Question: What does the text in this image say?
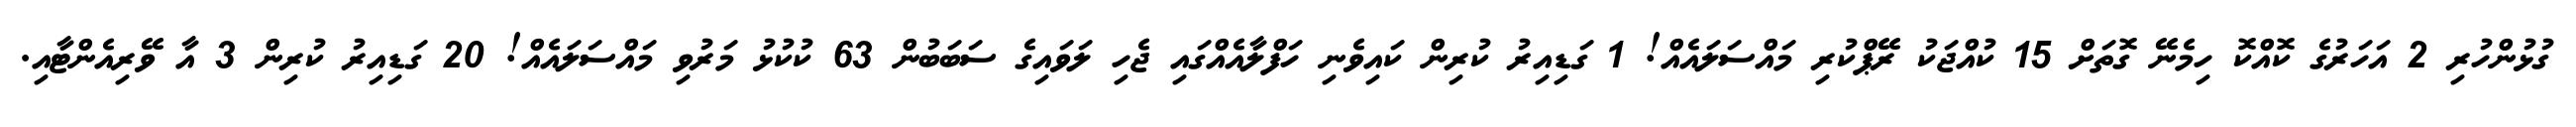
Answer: ގުޅުންހުރި 2 އަހަރުގެ ކޮއްކޮ ހިމެނޭ ގޮތަށް 15 ކުއްޖަކު ރޭޕްކުރި މައްސަލައެއް! 1 ގަޑިއިރު ކުރިން ކައިވެނި ހަފްލާއެއްގައި ޖެހި ލަވައިގެ ސަބަބުން 63 ކުކުޅު މަރުވި މައްސަލައެއް! 20 ގަޑިއިރު ކުރިން 3 އާ ވޭރިއެންޓާއި.